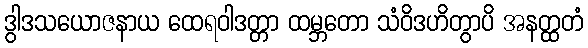
ဒွါဒသယောဇနာယ ထေရဝါဒတ္တာ ထမ္ဘတော သံဝိဒဟိတွာပိ အနတ္ထတံ